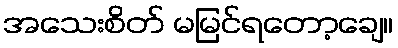
အသေးစိတ် မမြင်ရတော့ချေ။